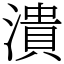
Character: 潰